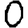
Digit: 0